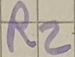
Text: R2